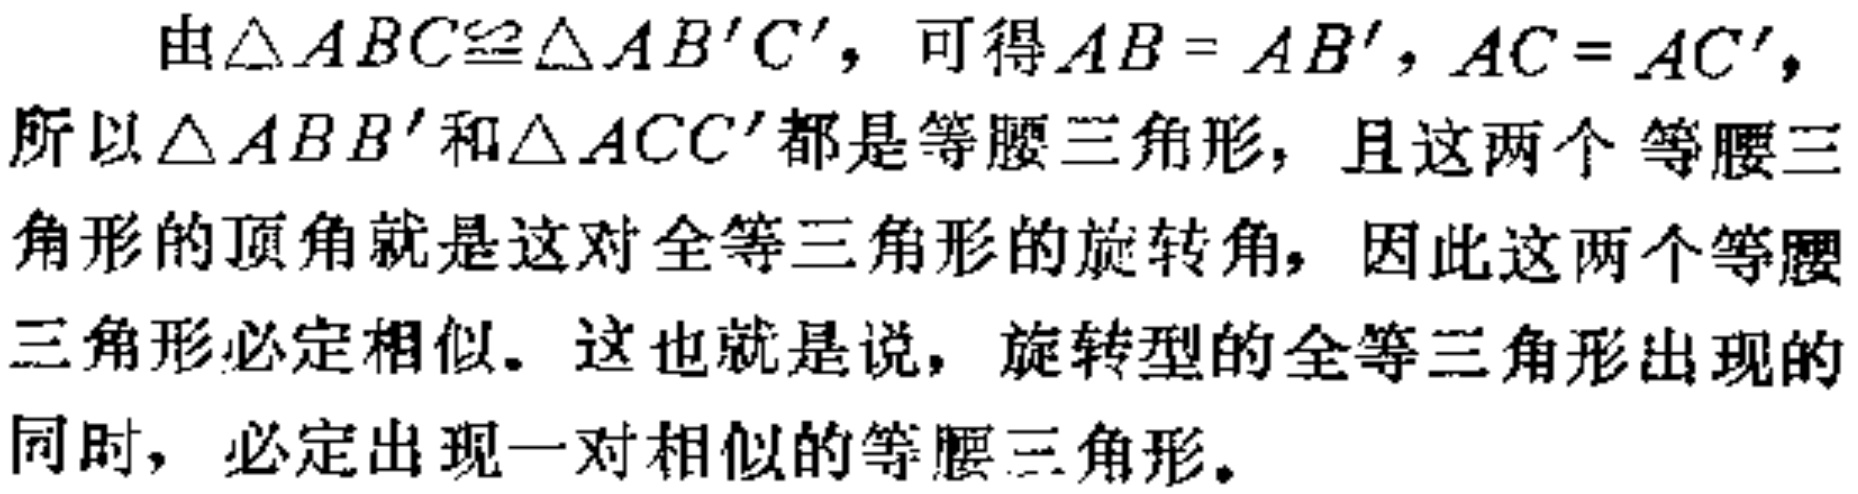
由\(\triangle ABC\cong\triangle AB'C'\)，可得\(AB = AB'\)，\(AC = AC'\)，所以\(\triangle ABB'\)和\(\triangle ACC'\)都是等腰三角形，且这两个等腰三角形的顶角就是这对全等三角形的旋转角，因此这两个等腰三角形必定相似。这也就是说，旋转型的全等三角形出现的同时，必定出现一对相似的等腰三角形。